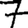
Digit: 7